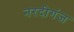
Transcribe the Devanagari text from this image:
नरदीगंज